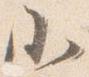
小